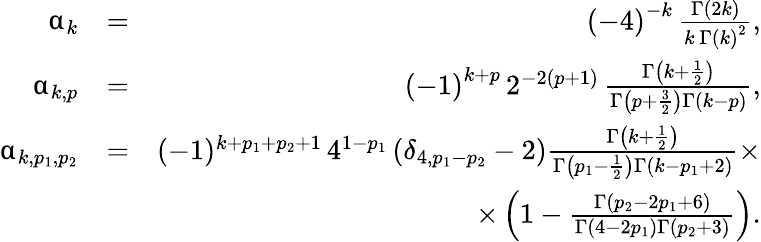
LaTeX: \begin{array}{rlr}{\upalpha_{k}}&{=}&{\left(-4\right)^{-k}\, \frac{\Gamma\left(2k\right)}{k\, \Gamma\left(k\right)^{2}},}\\ {\upalpha_{k,p}}&{=}&{\left(-1\right)^{k+p}\, 2^{-2(p+1)}\, \frac{\Gamma\left(k+\frac{1}{2}\right)}{\Gamma\left(p+\frac{3}{2}\right)\Gamma\left(k-p\right)},}\\ {\upalpha_{k,p_{1},p_{2}}}&{=}&{(-1)^{k+p_{1}+p_{2}+1}\, 4^{1-p_{1}}\left(\delta_{4,p_{1}-p_{2}}-2\right)\frac{\Gamma\left(k+\frac{1}{2}\right)}{\Gamma\left(p_{1}-\frac{1}{2}\right)\Gamma\left(k-p_{1}+2\right)}\times}\\ &{}&{\times\left(1-\frac{\Gamma\left(p_{2}-2p_{1}+6\right)}{\Gamma\left(4-2p_{1}\right)\Gamma\left(p_{2}+3\right)}\right).}\end{array}